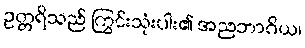
ဥတ္တရိသည် ကြွင်းသုံးပါး၏ အညဘာဂိယ၊